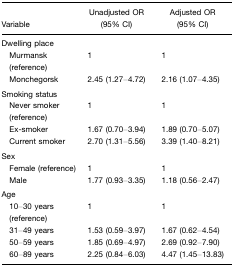
<table><thead><tr><td><b>Variable</b></td><td><b>Unadjusted OR (95% CI)</b></td><td><b>Adjusted OR (95% CI)</b></td></tr></thead><tbody><tr><td>Dwelling place</td><td></td><td></td></tr><tr><td> Murmansk (reference)</td><td>1</td><td>1</td></tr><tr><td> Monchegorsk</td><td>2.45 (1.27–4.72)</td><td>2.16 (1.07–4.35)</td></tr><tr><td>Smoking status</td><td></td><td></td></tr><tr><td> Never smoker (reference)</td><td>1</td><td>1</td></tr><tr><td> Ex-smoker</td><td>1.67 (0.70–3.94)</td><td>1.89 (0.70–5.07)</td></tr><tr><td> Current smoker</td><td>2.70 (1.31–5.56)</td><td>3.39 (1.40–8.21)</td></tr><tr><td>Sex</td><td></td><td></td></tr><tr><td> Female (reference)</td><td>1</td><td>1</td></tr><tr><td> Male</td><td>1.77 (0.93–3.35)</td><td>1.18 (0.56–2.47)</td></tr><tr><td>Age</td><td></td><td></td></tr><tr><td> 10–30 years (reference)</td><td>1</td><td>1</td></tr><tr><td> 31–49 years</td><td>1.53 (0.59–3.97)</td><td>1.67 (0.62–4.54)</td></tr><tr><td> 50–59 years</td><td>1.85 (0.69–4.97)</td><td>2.69 (0.92–7.90)</td></tr><tr><td> 60–89 years</td><td>2.25 (0.84–6.03)</td><td>4.47 (1.45–13.83)</td></tr></tbody></table>